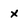
Character: X